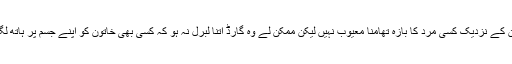
خاتوں لبرل ہوں گی کہ ان کے نزدیک کسی مرد کا بازہ تھامنا معیوب نہیں لیکن ممکن لے وہ گارڈ اتنا لبرل نہ ہو کہ کسی بھی خاتون کو اپنے جسم پر ہاتھ لگانے کی اجازت دے دیتا۔